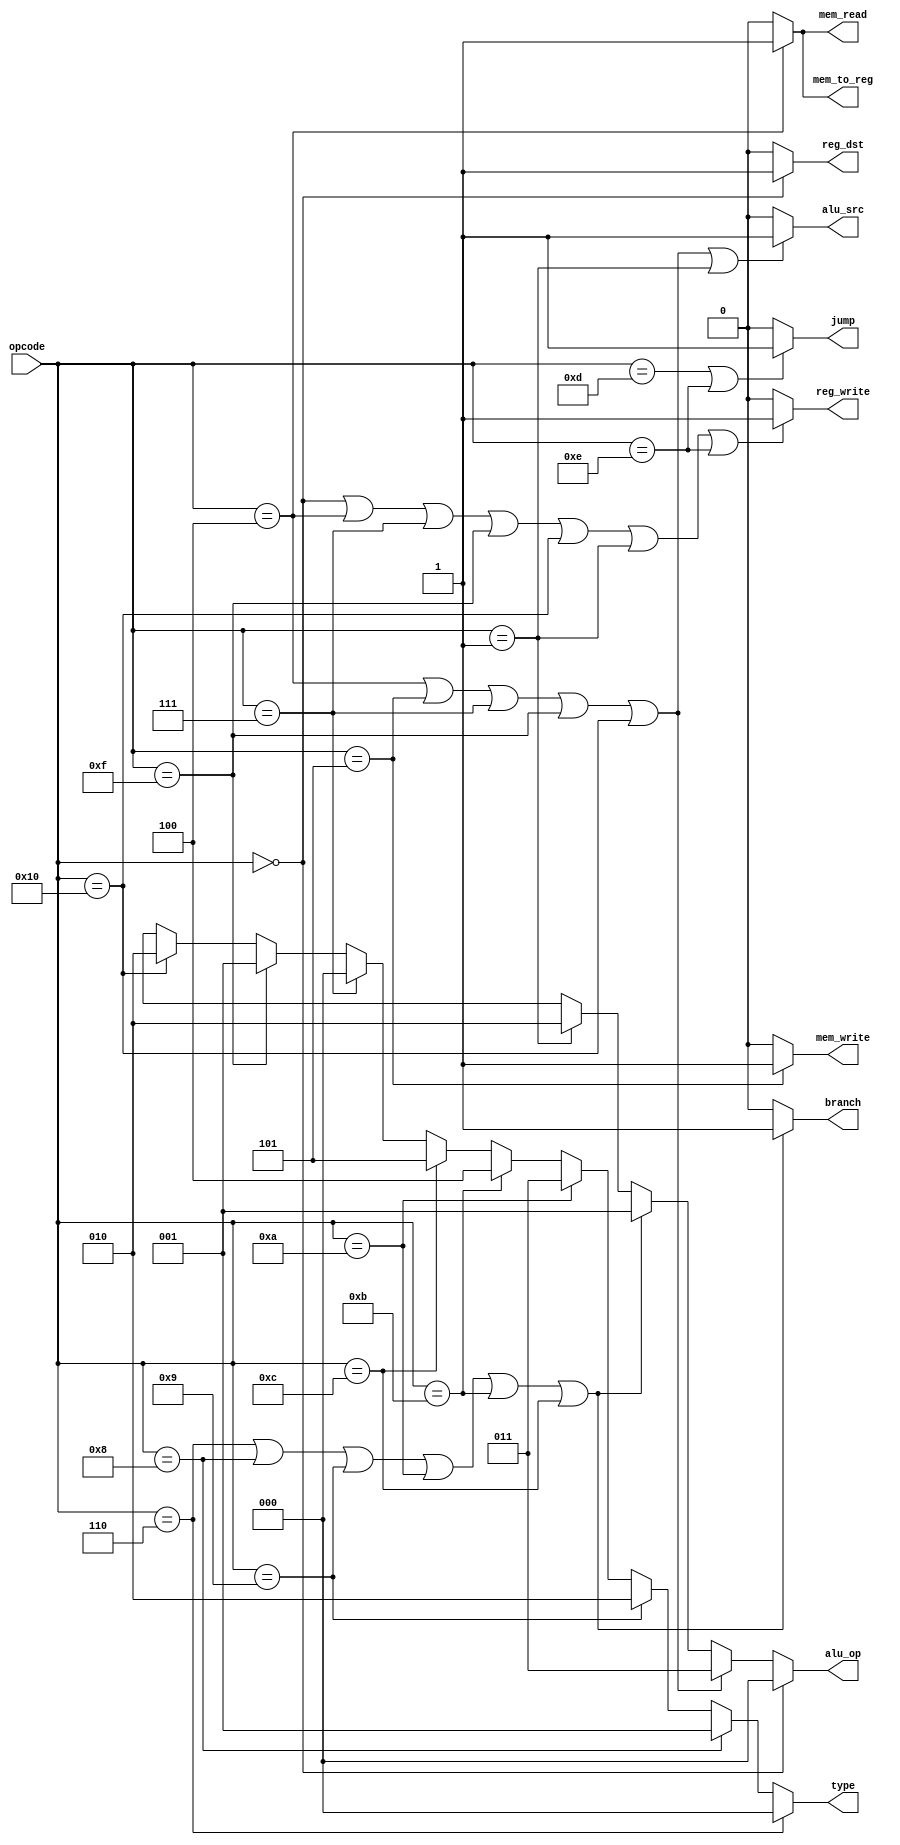
`timescale 1ns / 1ps

module control_unit (
	input [5:0] opcode,
	output reg reg_dst, 
	output reg alu_src, 
	output reg mem_to_reg, 
	output reg reg_write, 
	output reg mem_read,
	output reg mem_write, 
	output reg branch,
	output reg jump,
	output reg [2:0] alu_op,
	output reg [2:0] type
   );
	
	always @(opcode) begin
		reg_dst <= opcode == 6'b000000 ? 1'b1 : 1'b0;
		
		alu_src <= (opcode == 6'b000100 || 		
					   opcode == 6'b000101 || 
					   opcode == 6'b000111 || 
					   opcode == 6'b001111 || 
					   opcode == 6'b010000 ||
					   opcode == 6'b000001) ? 1'b1 : 1'b0;
		
		mem_to_reg <= opcode == 6'b000100 ? 1'b1 : 1'b0;
		
		reg_write <= (opcode == 6'b000000 || 
						 opcode == 6'b000100 || 
						 opcode == 6'b000111 || 
						 opcode == 6'b001111 || 
						 opcode == 6'b010000 ||
						 opcode == 6'b000001 ||
						 opcode == 6'b001110) ? 1'b1 : 1'b0;
		
		mem_read <= opcode == 6'b000100 ? 1'b1 : 1'b0;
		
		mem_write <= opcode == 6'b000101 ? 1'b1 : 1'b0;
		
		branch <= (opcode == 6'b000110 || 
					  opcode == 6'b001000 ||
					  opcode == 6'b001001 ||
					  opcode == 6'b001010 ||
					  opcode == 6'b001011 ||
					  opcode == 6'b001100) ? 1'b1 : 1'b0;
		
		if (opcode == 6'b000000)	alu_op <= 3'b000;
		else if (opcode == 6'b000100 ||	opcode == 6'b000101 || opcode == 6'b000111 || opcode == 6'b001111 || opcode == 6'b010000)
			alu_op <=  3'b011;
		else if (opcode == 6'b000110 ||											    // beq
					  opcode == 6'b001000 ||											 // bgt
					  opcode == 6'b001001 ||											 // bge
					  opcode == 6'b001010 ||											 // blt
					  opcode == 6'b001011 ||											 // ble
					  opcode == 6'b001100)
						alu_op <= 3'b001;
		else if (opcode == 6'b000001) alu_op <= 3'b010;
		else alu_op <= 3'bX;

		jump <= (opcode == 6'b001101 || opcode == 6'b001110) ? 1'b1 : 1'b0;
		
		type <= (opcode == 6'b000110) ? 3'b000 :   	// beq
				  (opcode == 6'b001000) ? 3'b001 :		// bgt
				  (opcode == 6'b001001) ? 3'b010 :		// bge
				  (opcode == 6'b001010) ? 3'b011 :		// blt
				  (opcode == 6'b001011) ? 3'b100 :		//	ble
				  (opcode == 6'b001100) ? 3'b101 :		//	bnq
				  (opcode == 6'b000111) ? 3'b000 :     // addi
				  (opcode == 6'b001111) ? 3'b001 :		// multi
				  (opcode == 6'b010000) ? 3'b010 :		//	divi

				  3'bX;

	end

endmodule